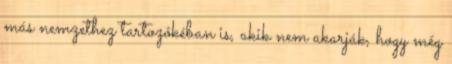
más nemzethez tartozókéban is, akik nem akarják, hogy még